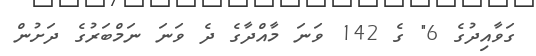
ގަވާއިދުގެ 6" ގެ 142 ވަނަ މާއްދާގެ ދެ ވަނަ ނަމްބަރުގެ ދަށުން